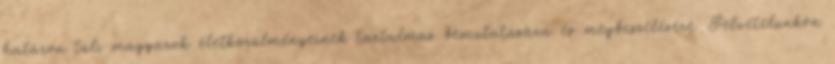
határon túli magyarok életkörülményeinek tartalmas bemutatására és megbeszélésére. Felvételünkön